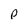
Character: p